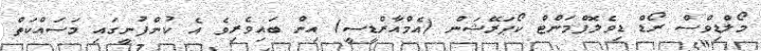
މޯލްޑިވްސް ރޯޑް ޑިވެލޮޕްމަންޓް ކޯޕަރޭޝަން (އެމްއާރްޑީސީ) އިން ބައިވެރިވެ އެ ކުންފުނީގައި މަސައްކަތް